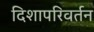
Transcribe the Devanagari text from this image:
दिशापरिवर्तन